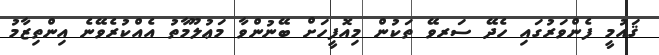
ޤައުމީ ފެންވަރުގައި ހެދޭ ސަރވޭ ތަކުން މިއޮފީހަށް ބޭނުންވާ މަޢުލޫމާތު އެއްކުރެވޭނެ އިންތިޒާމު